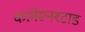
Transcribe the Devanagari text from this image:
कामेरूनश्टाड